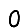
Digit: 0